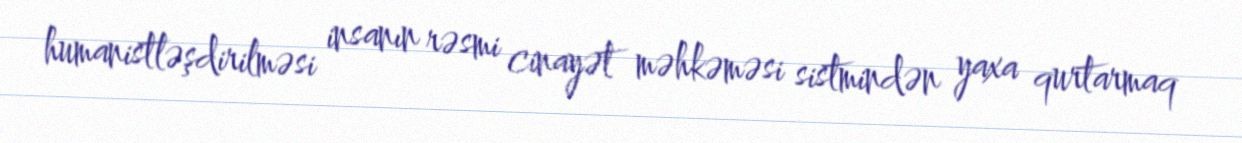
humanistləşdirilməsi insanın rəsmi cinayət məhkəməsi sistmindən yaxa qurtarmaq